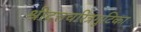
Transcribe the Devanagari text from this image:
श्रीदत्तचरित्रगुटिका